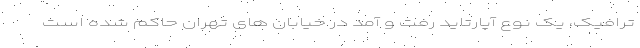
ترافیک، یک نوع آپارتاید رفت و آمد در خیابان های تهران حاکم شده است